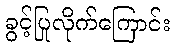
ခွင့်ပြုလိုက်ကြောင်း